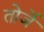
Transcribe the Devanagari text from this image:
तोर्जे